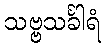
သဗ္ဗသင်္ခါရံ